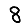
Digit: 8